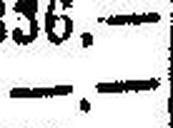
—.—